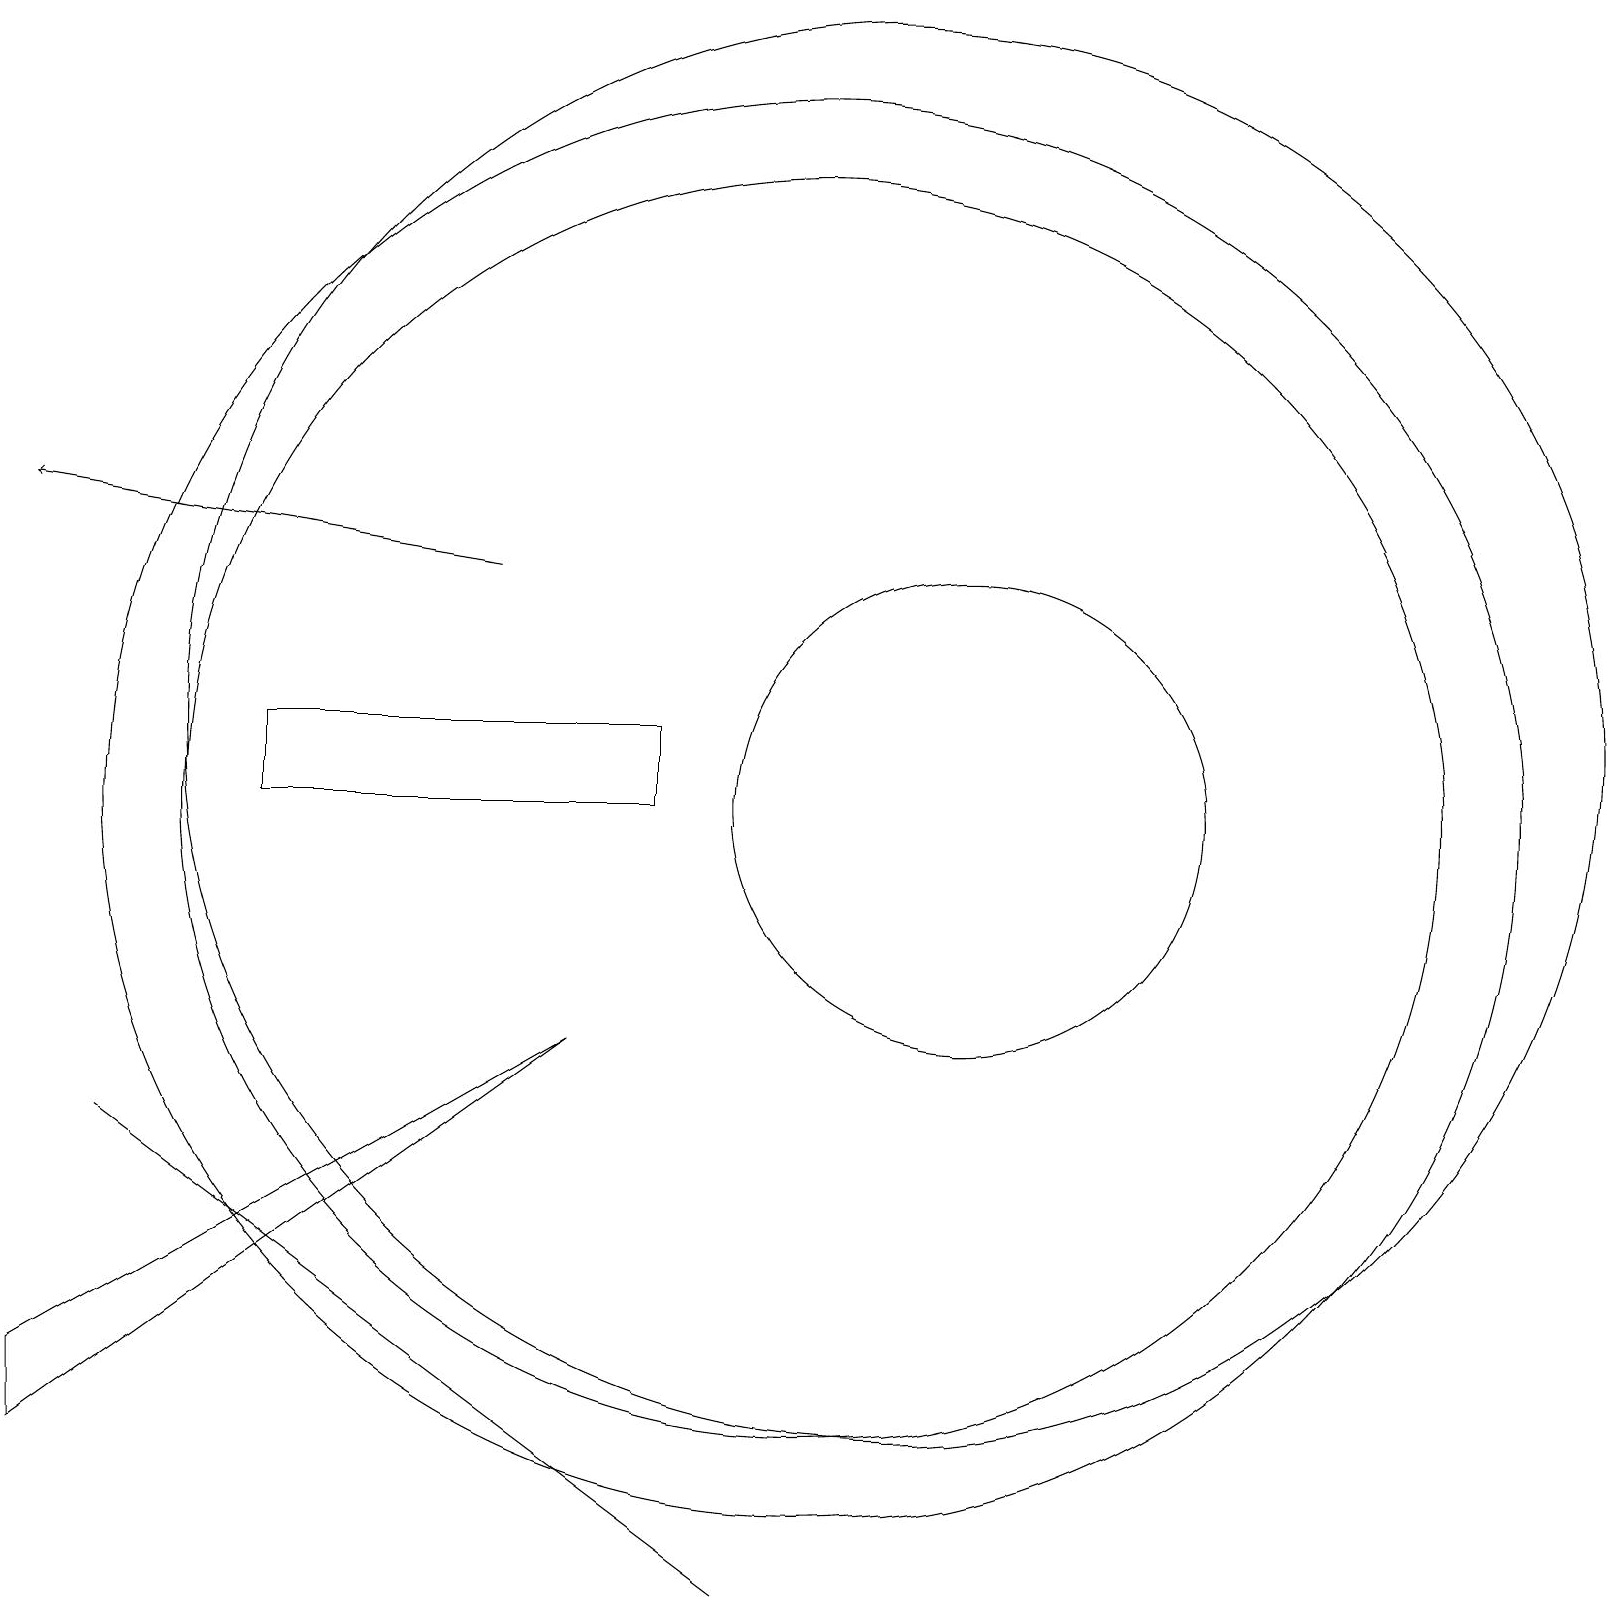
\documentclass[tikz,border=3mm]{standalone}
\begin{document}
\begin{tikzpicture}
\draw (11,12) circle (9);
\draw (9,1) -- (9,1) -- (1,7) -- cycle;
\draw (8,11) rectangle (3,12);
\draw (12,11) circle (3);
\draw (7,8) -- (0,4) -- (0,3) -- cycle;
\draw[->] (6,14) -- (0,15);
\draw (10,11) circle (8);
\draw (10,11) circle (9);
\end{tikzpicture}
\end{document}